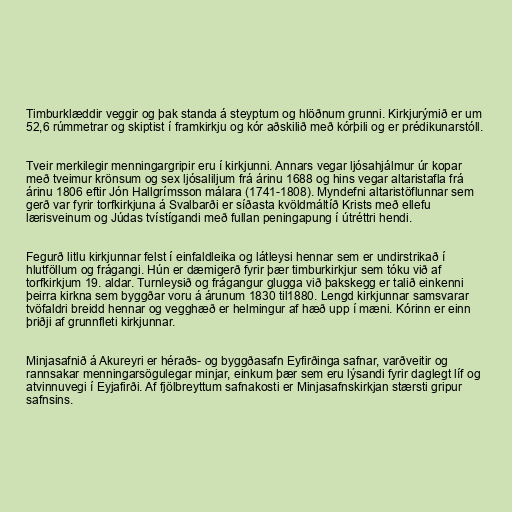
Timburklæddir veggir og þak standa á steyptum og hlöðnum grunni. Kirkjurýmið er um
52,6 rúmmetrar og skiptist í framkirkju og kór aðskilið með kórþili og er prédikunarstóll.

Tveir merkilegir menningargripir eru í kirkjunni. Annars vegar ljósahjálmur úr kopar
með tveimur krönsum og sex ljósaliljum frá árinu 1688 og hins vegar altaristafla frá
árinu 1806 eftir Jón Hallgrímsson málara (1741-1808). Myndefni altaristöflunnar sem
gerð var fyrir torfkirkjuna á Svalbarði er síðasta kvöldmáltíð Krists með ellefu
lærisveinum og Júdas tvístígandi með fullan peningapung í útréttri hendi.

Fegurð litlu kirkjunnar felst í einfaldleika og látleysi hennar sem er undirstrikað í
hlutföllum og frágangi. Hún er dæmigerð fyrir þær timburkirkjur sem tóku við af
torfkirkjum 19. aldar. Turnleysið og frágangur glugga við þakskegg er talið einkenni
þeirra kirkna sem byggðar voru á árunum 1830 til1880. Lengd kirkjunnar samsvarar
tvöfaldri breidd hennar og vegghæð er helmingur af hæð upp í mæni. Kórinn er einn
þriðji af grunnfleti kirkjunnar.

Minjasafnið á Akureyri er héraðs- og byggðasafn Eyfirðinga safnar, varðveitir og
rannsakar menningarsögulegar minjar, einkum þær sem eru lýsandi fyrir daglegt líf og
atvinnuvegi í Eyjafirði. Af fjölbreyttum safnakosti er Minjasafnskirkjan stærsti gripur
safnsins.